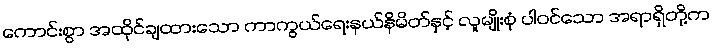
ကောင်းစွာ အထိုင်ချထားသော ကာကွယ်ရေးနယ်နိမိတ်နှင့် လူမျိုးစုံ ပါဝင်သော အရာရှိတို့က